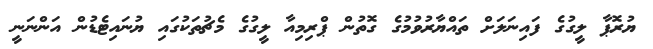
ޔުރޮޕާ ލީގުގެ ފައިނަލަށް ތައްޔާރުވުމުގެ ގޮތުން ޕްރިމިއާ ލީގުގެ މެޗުތަކުގައި ޔުނައިޓެޑުން އަންނަނީ